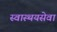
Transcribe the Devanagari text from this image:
स्वास्थयसेवा